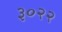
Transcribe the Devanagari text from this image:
३०२२